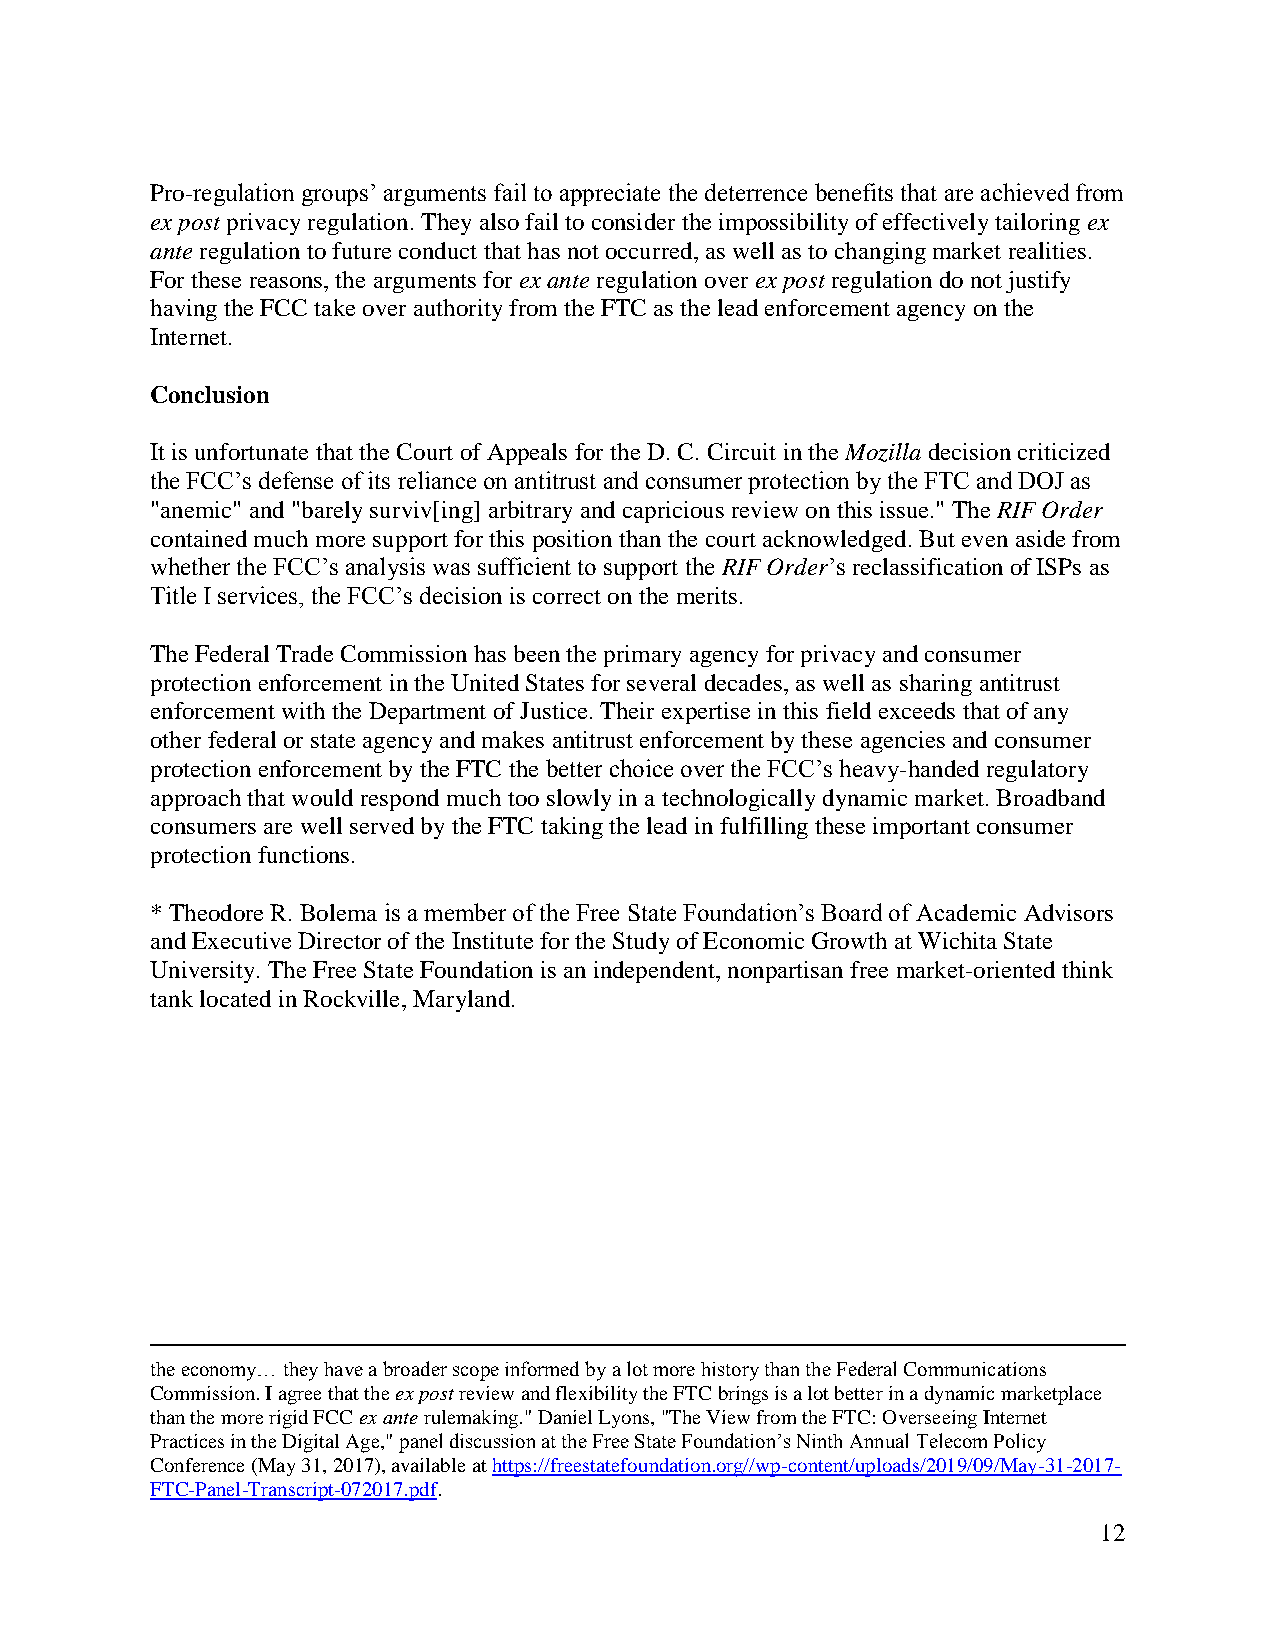
Pro-regulation groups’ arguments fail to appreciate the deterrence benefits that are achieved from
 ex post privacy regulation. They also fail to consider the impossibility of effectively tailoring ex
 ante regulation to future conduct that has not occurred, as well as to changing market realities.
 For these reasons, the arguments for ex ante regulation over ex post regulation do not justify
 having the FCC take over authority from the FTC as the lead enforcement agency on the
 Internet.
 Conclusion
 It is unfortunate that the Court of Appeals for the D. C. Circuit in the Mozilla decision criticized
 the FCC’s defense of its reliance on antitrust and consumer protection by the FTC and DOJ as
 "anemic" and "barely surviv[ing] arbitrary and capricious review on this issue." The RIF Order
 contained much more support for this position than the court acknowledged. But even aside from
 whether the FCC’s analysis was sufficient to support the RIF Order’s reclassification of ISPs as
 Title I services, the FCC’s decision is correct on the merits.
 The Federal Trade Commission has been the primary agency for privacy and consumer
 protection enforcement in the United States for several decades, as well as sharing antitrust
 enforcement with the Department of Justice. Their expertise in this field exceeds that of any
 other federal or state agency and makes antitrust enforcement by these agencies and consumer
 protection enforcement by the FTC the better choice over the FCC’s heavy-handed regulatory
 approach that would respond much too slowly in a technologically dynamic market. Broadband
 consumers are well served by the FTC taking the lead in fulfilling these important consumer
 protection functions.
 * Theodore R. Bolema is a member of the Free State Foundation’s Board of Academic Advisors
 and Executive Director of the Institute for the Study of Economic Growth at Wichita State
 University. The Free State Foundation is an independent, nonpartisan free market-oriented think
 tank located in Rockville, Maryland.
 the economy… they have a broader scope informed by a lot more history than the Federal Communications
 Commission. I agree that the ex post review and flexibility the FTC brings is a lot better in a dynamic marketplace
 than the more rigid FCC ex ante rulemaking." Daniel Lyons, "The View from the FTC: Overseeing Internet
 Practices in the Digital Age," panel discussion at the Free State Foundation’s Ninth Annual Telecom Policy
 Conference (May 31, 2017), available at https://freestatefoundation.org//wp-content/uploads/2019/09/May-31-2017-
 FTC-Panel-Transcript-072017.pdf.
 12